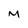
Character: m